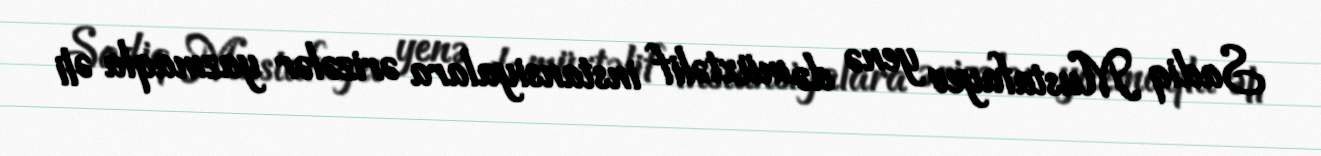
Sadiq Mustafayev yenə də müxtəlif instansiyalara ərizələr yazmaqla Əli